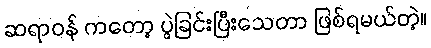
ဆရာဝန် ကတော့ ပွဲခြင်းပြီးသေတာ ဖြစ်ရမယ်တဲ့။